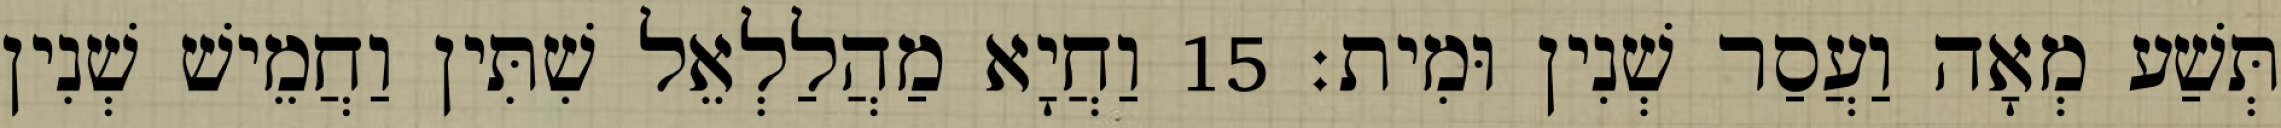
תְּשַׁע מְאָה וַעֲסַר שְׁנִין וּמִית׃ 15 וַחֲיָא מַהֲלַלְאֵל שִׁתִּין וַחֲמֵישׁ שְׁנִין